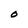
Character: 0